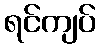
ရင်ကျပ်